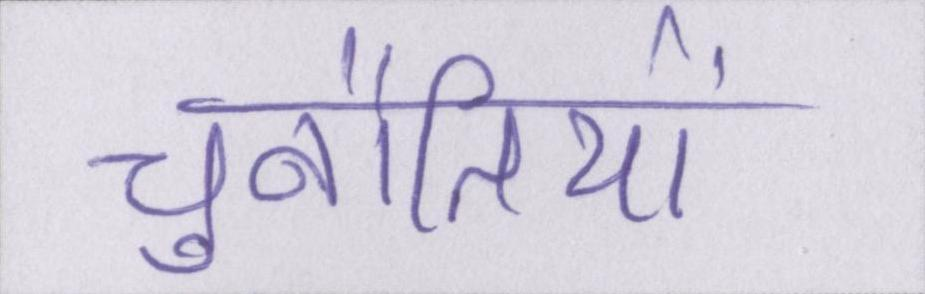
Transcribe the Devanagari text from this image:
चुनौतियों